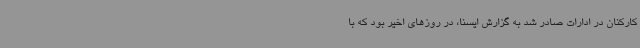
کارکنان در ادارات صادر شد به گزارش ایسنا، در روزهای اخیر بود که با